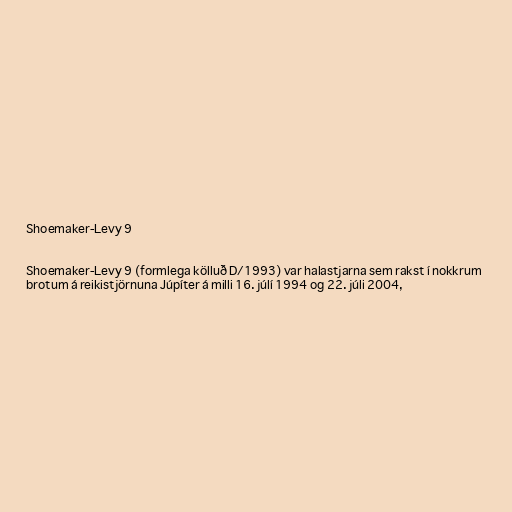
Shoemaker-Levy 9

Shoemaker-Levy 9 (formlega kölluð D/1993) var halastjarna sem rakst í nokkrum
brotum á reikistjörnuna Júpíter á milli 16. júlí 1994 og 22. júli 2004,